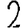
Digit: 2